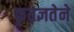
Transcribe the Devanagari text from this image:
कृतज्ञतेने